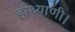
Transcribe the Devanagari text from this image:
हाथ्याणी।